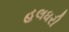
હલધરી